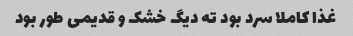
غذا کاملا سرد بود ته دیگ خشک و قدیمی طور بود